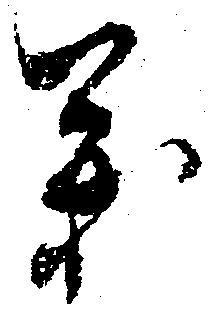
義